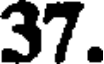
37.